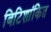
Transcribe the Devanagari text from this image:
बिटिशांकित